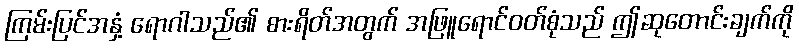
ကြမ်းပြင်အနှံ့ ရောဂါသည်၏ စားရိတ်အတွက် အဖြူရောင်ဝတ်စုံသည် ဤဆုတောင်းချက်ကို